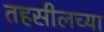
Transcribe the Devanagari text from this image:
तहसीलच्या